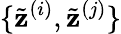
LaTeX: \{ \tilde{\mathbf{z}}^{(i)},\tilde{\mathbf{z}}^{(j)}\}